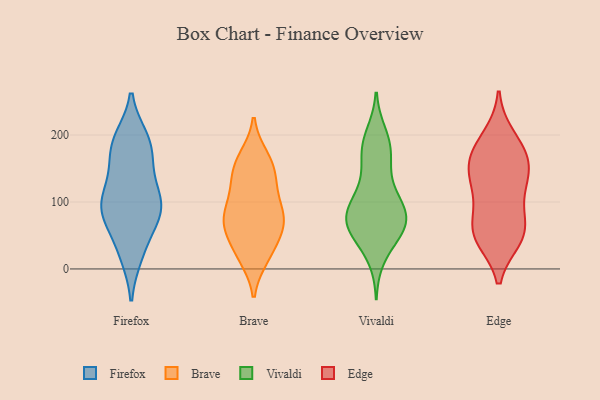
{"axis": {"x": "Gross Profit (USD K)", "y": "Value"}, "legend": ["Brave", "Edge", "Firefox", "Vivaldi"], "data": [{"x": "", "y": 93, "type": "Firefox"}, {"x": "", "y": 92, "type": "Firefox"}, {"x": "", "y": 157, "type": "Firefox"}, {"x": "", "y": 113, "type": "Firefox"}, {"x": "", "y": 91, "type": "Firefox"}, {"x": "", "y": 151, "type": "Firefox"}, {"x": "", "y": 72, "type": "Firefox"}, {"x": "", "y": 89, "type": "Firefox"}, {"x": "", "y": 91, "type": "Firefox"}, {"x": "", "y": 190, "type": "Firefox"}, {"x": "", "y": 21, "type": "Firefox"}, {"x": "", "y": 183, "type": "Firefox"}, {"x": "", "y": 21, "type": "Firefox"}, {"x": "", "y": 190, "type": "Firefox"}, {"x": "", "y": 54, "type": "Firefox"}, {"x": "", "y": 194, "type": "Firefox"}, {"x": "", "y": 119, "type": "Firefox"}, {"x": "", "y": 24, "type": "Brave"}, {"x": "", "y": 127, "type": "Brave"}, {"x": "", "y": 86, "type": "Brave"}, {"x": "", "y": 18, "type": "Brave"}, {"x": "", "y": 139, "type": "Brave"}, {"x": "", "y": 67, "type": "Brave"}, {"x": "", "y": 155, "type": "Brave"}, {"x": "", "y": 115, "type": "Brave"}, {"x": "", "y": 61, "type": "Brave"}, {"x": "", "y": 166, "type": "Brave"}, {"x": "", "y": 73, "type": "Brave"}, {"x": "", "y": 24, "type": "Brave"}, {"x": "", "y": 61, "type": "Brave"}, {"x": "", "y": 72, "type": "Brave"}, {"x": "", "y": 93, "type": "Brave"}, {"x": "", "y": 159, "type": "Brave"}, {"x": "", "y": 161, "type": "Vivaldi"}, {"x": "", "y": 181, "type": "Vivaldi"}, {"x": "", "y": 105, "type": "Vivaldi"}, {"x": "", "y": 133, "type": "Vivaldi"}, {"x": "", "y": 61, "type": "Vivaldi"}, {"x": "", "y": 78, "type": "Vivaldi"}, {"x": "", "y": 84, "type": "Vivaldi"}, {"x": "", "y": 72, "type": "Vivaldi"}, {"x": "", "y": 189, "type": "Vivaldi"}, {"x": "", "y": 58, "type": "Vivaldi"}, {"x": "", "y": 66, "type": "Vivaldi"}, {"x": "", "y": 68, "type": "Vivaldi"}, {"x": "", "y": 174, "type": "Vivaldi"}, {"x": "", "y": 18, "type": "Vivaldi"}, {"x": "", "y": 200, "type": "Vivaldi"}, {"x": "", "y": 103, "type": "Vivaldi"}, {"x": "", "y": 101, "type": "Vivaldi"}, {"x": "", "y": 72, "type": "Vivaldi"}, {"x": "", "y": 44, "type": "Vivaldi"}, {"x": "", "y": 62, "type": "Edge"}, {"x": "", "y": 46, "type": "Edge"}, {"x": "", "y": 183, "type": "Edge"}, {"x": "", "y": 197, "type": "Edge"}, {"x": "", "y": 54, "type": "Edge"}, {"x": "", "y": 50, "type": "Edge"}, {"x": "", "y": 165, "type": "Edge"}, {"x": "", "y": 99, "type": "Edge"}, {"x": "", "y": 167, "type": "Edge"}, {"x": "", "y": 150, "type": "Edge"}, {"x": "", "y": 55, "type": "Edge"}, {"x": "", "y": 148, "type": "Edge"}, {"x": "", "y": 125, "type": "Edge"}, {"x": "", "y": 121, "type": "Edge"}]}